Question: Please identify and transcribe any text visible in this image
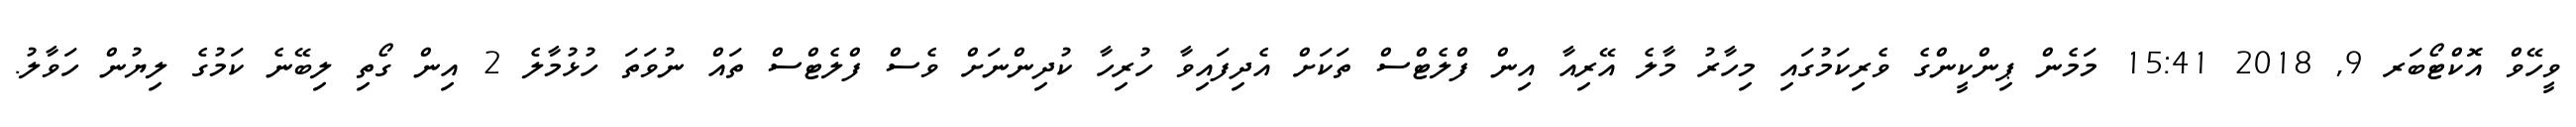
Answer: ވީހޭވް އޮކްޓޯބަރ 9, 2018 15:41 މަމެން ޕިންކީންގެ ވެރިކަމުގައި މިހާރު މާލެ އޭރިއާ އިން ފްލެޓްސް ތަކަށް އެދިފައިވާ ހުރިހާ ކުދިންނަށް ވެސް ފްލެޓްސް ތައް ނުވަތަ ހުޅުމާލެ 2 އިން ގޯތި ލިބޭނެ ކަމުގެ ލިޔުން ހަވާލު.